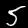
Digit: 5